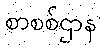
စာစစ်ဌာန